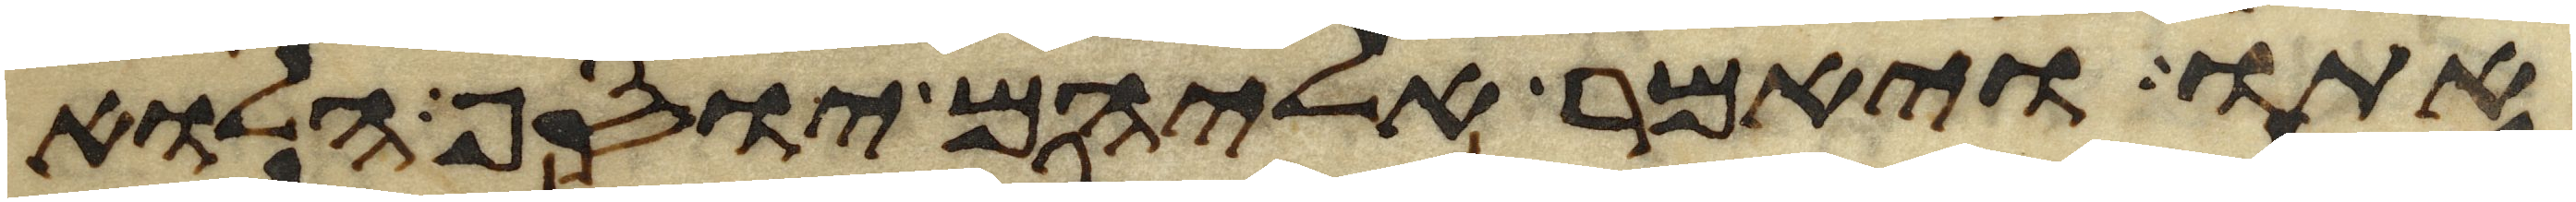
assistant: אתו ויאמר אליהם יוסף הלוא